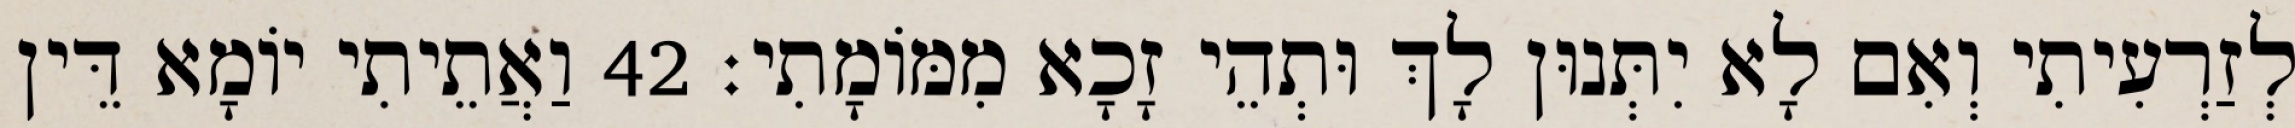
לְזַרְעִיתִי וְאִם לָא יִתְּנוּן לָךְ וּתְהֵי זָכָא מִמּוֹמָתִי׃ 42 וַאֲתֵיתִי יוֹמָא דֵּין